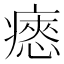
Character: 瘱